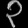
Digit: ၃